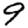
Digit: 9